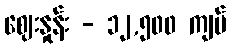
ဈေးနှုန်း - ၁၂,၅၀၀ ကျပ်